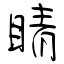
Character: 睛